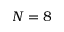
N = 8